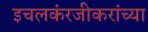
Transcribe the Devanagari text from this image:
इचलकंरजीकरांच्या